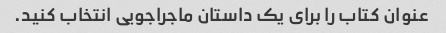
عنوان کتاب را برای یک داستان ماجراجویی انتخاب کنید.